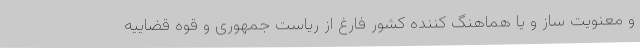
و معنویت ساز و یا هماهنگ کننده کشور فارغ از ریاست جمهوری و قوه قضاییه